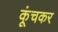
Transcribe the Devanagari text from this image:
कूंचकर